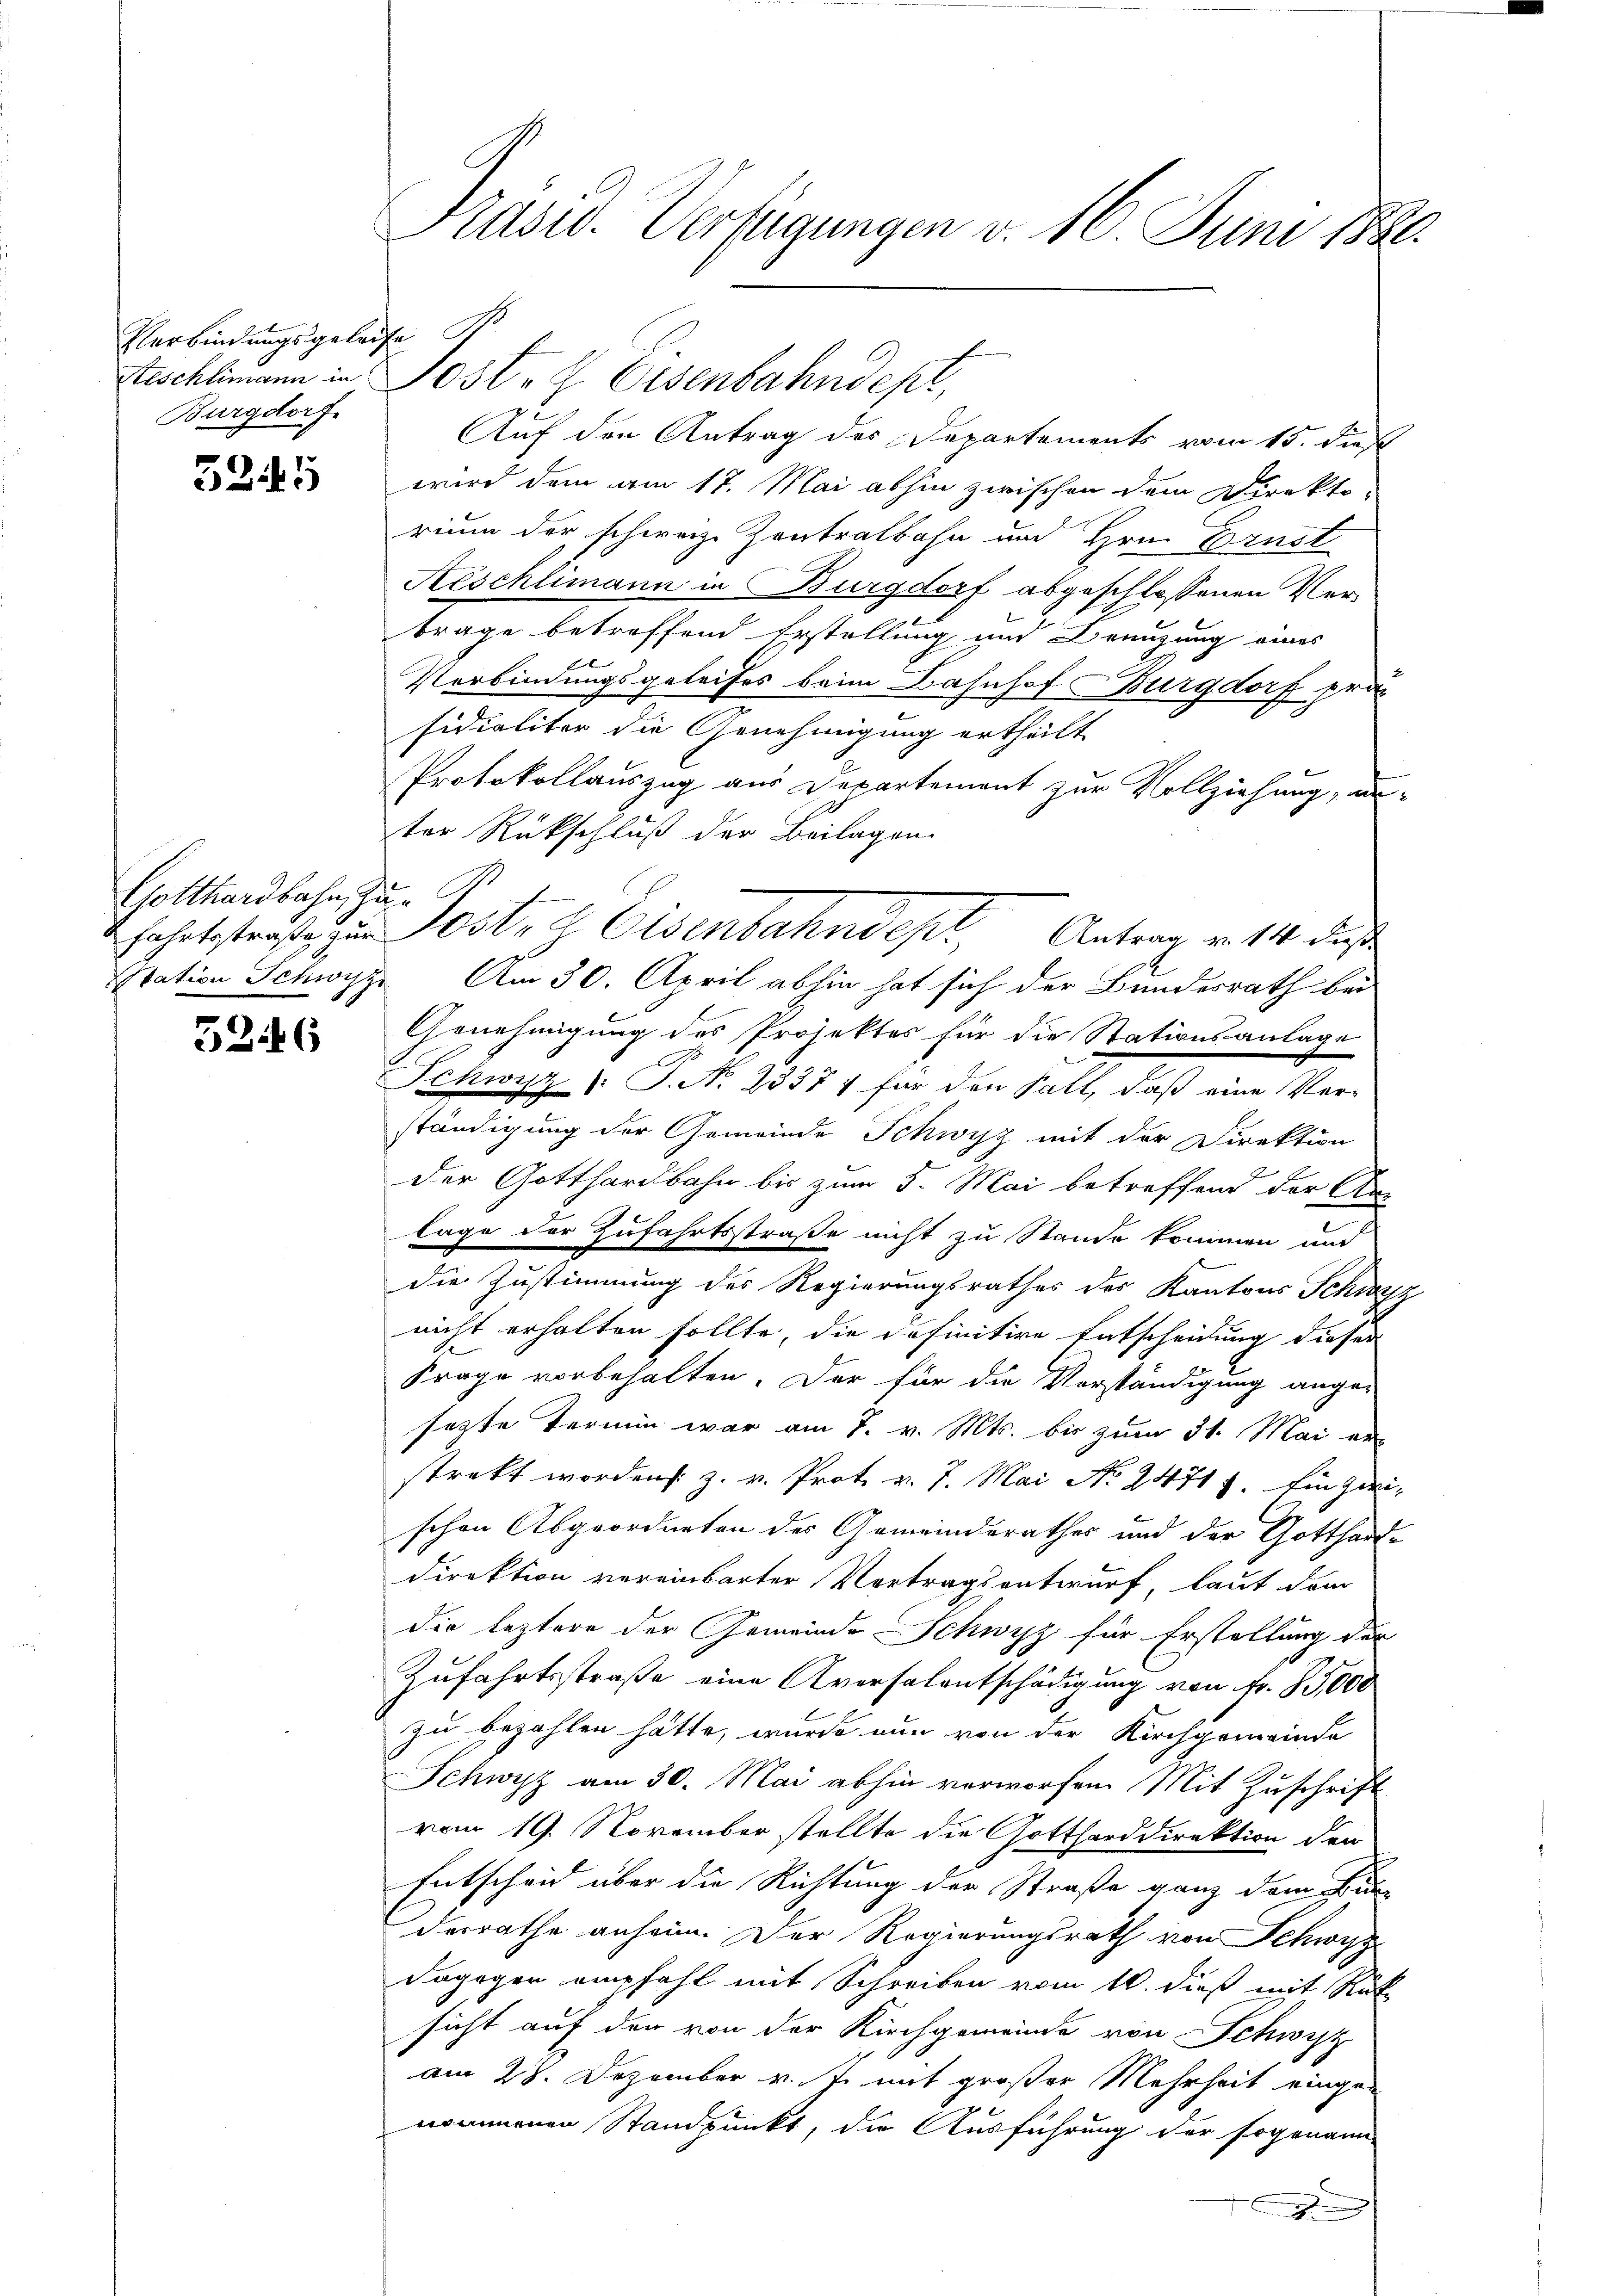
Verbindungsgelaufe
Burgdorf

5245

Gotthardbahn, zu¬

5246

Präsid. Verfügungen v. 16. Juni 1880.

Kischlimann in Post- & Eisenbahndept,
Auf den Antrag des Departements vom 15. Dies
wird dem am 17. Mai abhin zwischen dem Direkto-
rium der schweiz. Zentralbahn und Hrn. Ernst
Aeschlimann in Burgdorf abgeschlossenen Verbrage betreffend Erstellung und Breuzung eines
x
Verbindungsgeleises beim Bahnhof Burgdorf pro
sidialiter die Genehmigung ertheilt
Protokollauszug aus Departement zur Vollziehung, an-
ter Rückschluß der Beilagen
Fahrtstraße zu Sostr d Olsenbahndept, Antrag v. 14. daß
Station Schwyz. Am 30. April abhin hat sich der Bundesrath bei
Genehmigung des Projektes für die Stationsanlage
Schwyz (T. N. 23371 für den Fall, daß eine Verständigung der Gemeinde Schwyz mit der Direktion
E
der Gotthardbahn bis zum 5. Mai betreffend der An-
lage der Zufahrtsstraße nicht zu Stande kommen und
die Zustimmung des Regierungsrathes des Kantons Schwyz
nicht erhalten sollte, die definitive Entscheidung dieser
Frage vorbehalten. Der für die Vorständigung ange-
setzte Termin war am 7. v. Mts. bis zum 31. Mai er-
strekt worden: z. v. Prot. v. 7. Mai No 24711. Ein zweischon Abgeordneten der Gemeinderathes und der Gotthard-
Direktion vereinbarter Vertragsentwurf, laut dem
die leztere der Gemeinde Schwyz für Erstellung der
Zufahrtsstraße eine Aversalentschädigung von Fr. 35,000
zu bezahlen hätte, wurde nun von der Kirchgemeinde
Schwyz am 30. Mai abhin verworfen. Mit Zuschrift
vom 19. November stellte die Gottharddirektion den
Entscheid über die Richtung der Straße ganz dem Bun
derrathe anheim. Der Regierungsrath von Schwyz
dagegen empfahl mit Schreiben vom 10. dieß mit Rück
sicht auf den von der Kirchgemeinde von Schwyz
am 28. Dezember v. J. mit großer Mehrheit eingen
nommenen Standpunkt, die Ausführung der sogenann
n